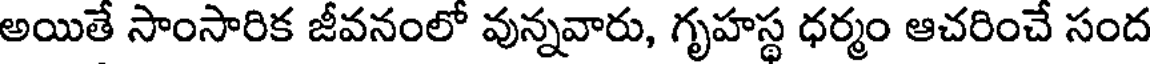
అయితే సాంసారిక జీవనంలో వున్నవారు, గృహస్థ ధర్మం ఆచరించే సంద